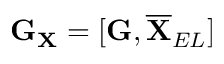
\mathbf { G } _ { \mathbf { X } } = [ \mathbf { G } , \overline { { \mathbf { X } } } _ { E L } ]